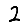
Digit: 2